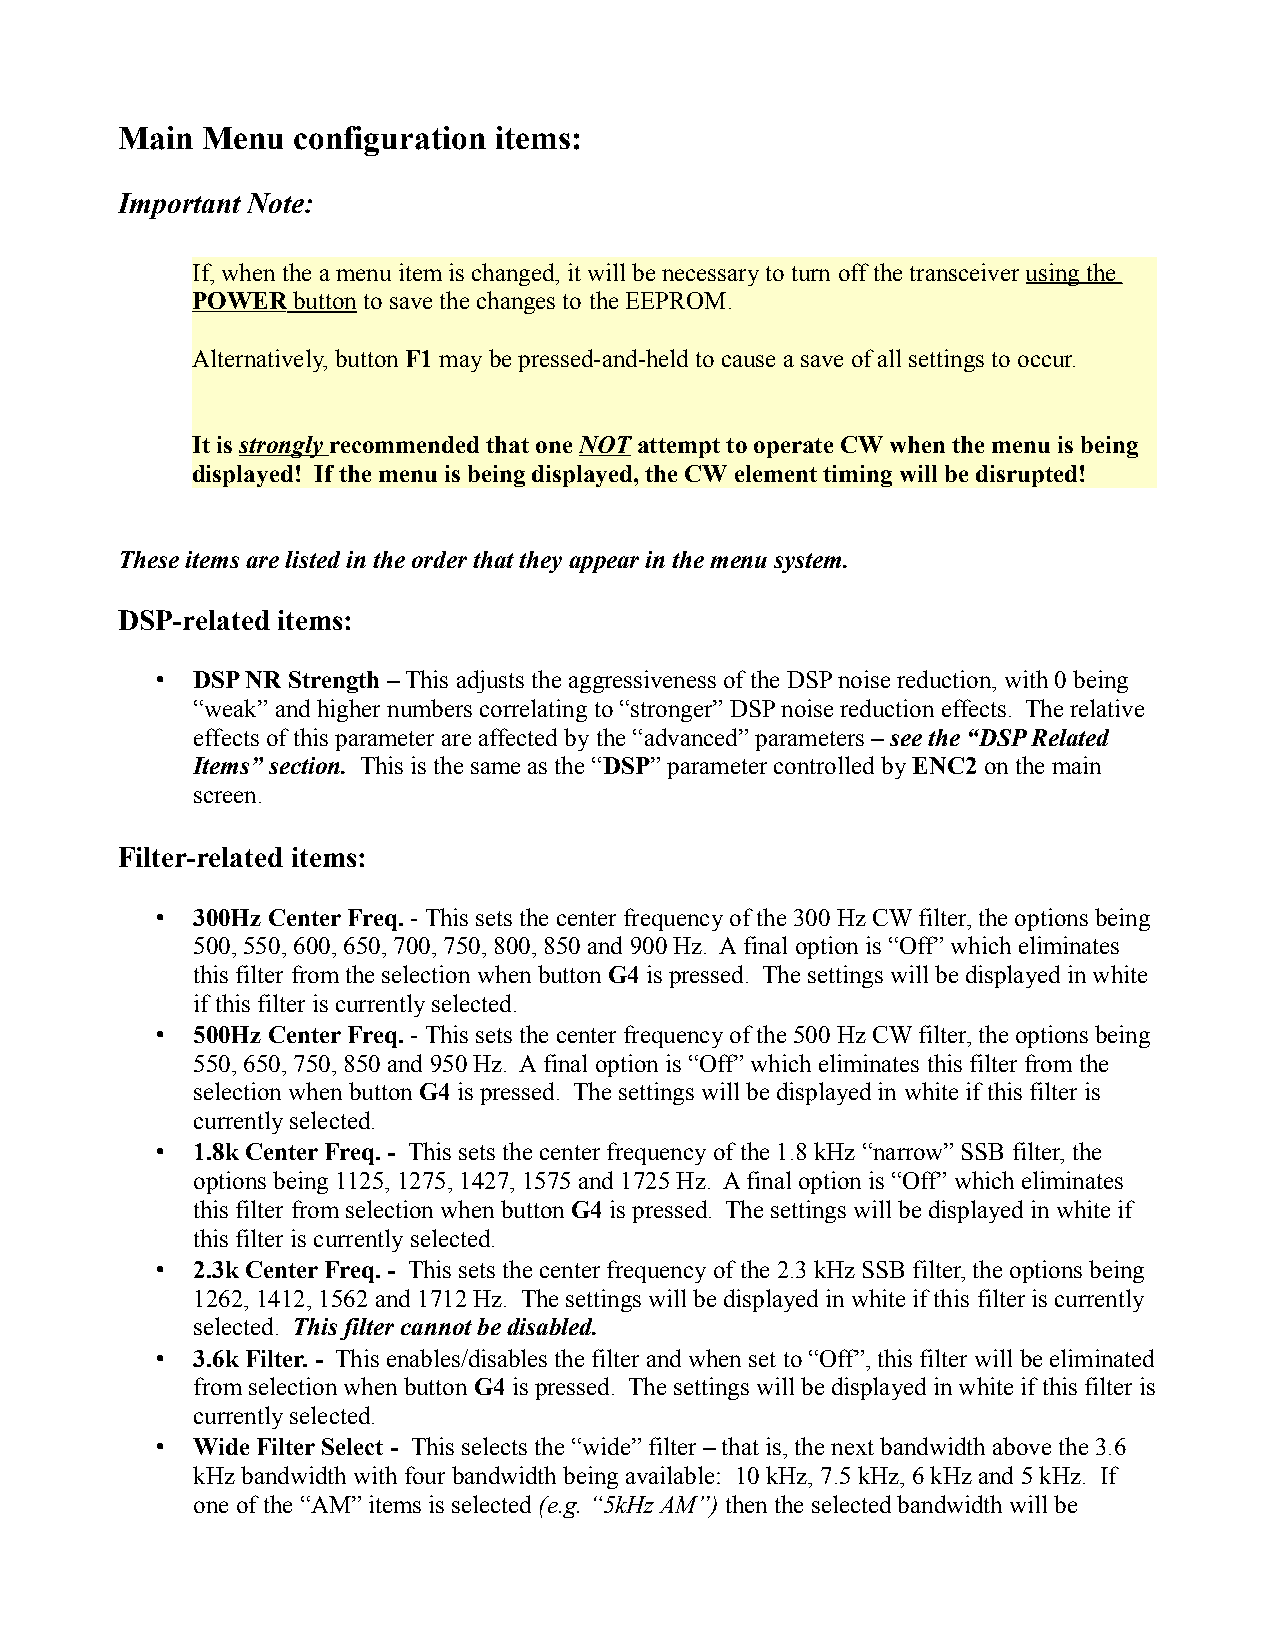
Main Menu  configuration items:
 Important Note:
 If, when the a menu item is changed, it will be necessary to turn off the transceiver using the
 POWER button to save the changes to the EEPROM.
 Alternatively, button F1 may be pressed-and-held to cause a save of all settings to occur.
 It is strongly recommended that one NOT attempt to operate CW when the menu is being
 displayed! If the menu is being displayed, the CW element timing will be disrupted!
 These items are listed in the order that they appear in the menu system.
 DSP-related items:
 •  DSP NR Strength – This adjusts the aggressiveness of the DSP noise reduction, with 0 being
 “weak” and higher numbers correlating to “stronger” DSP noise reduction effects. The relative
 effects of this parameter are affected by the “advanced” parameters – see the “DSP Related
 Items” section. This is the same as the “DSP” parameter controlled by ENC2 on the main
 screen.
 Filter-related items:
 •  300Hz Center Freq. - This sets the center frequency of the 300 Hz CW filter, the options being
 500, 550, 600, 650, 700, 750, 800, 850 and 900 Hz. A final option is “Off” which eliminates
 this filter from the selection when button G4 is pressed. The settings will be displayed in white
 if this filter is currently selected.
 •  500Hz Center Freq. - This sets the center frequency of the 500 Hz CW filter, the options being
 550, 650, 750, 850 and 950 Hz. A final option is “Off” which eliminates this filter from the
 selection when button G4 is pressed. The settings will be displayed in white if this filter is
 currently selected.
 •  1.8k Center Freq. - This sets the center frequency of the 1.8 kHz “narrow” SSB filter, the
 options being 1125, 1275, 1427, 1575 and 1725 Hz. A final option is “Off” which eliminates
 this filter from selection when button G4 is pressed. The settings will be displayed in white if
 this filter is currently selected.
 •  2.3k Center Freq. - This sets the center frequency of the 2.3 kHz SSB filter, the options being
 1262, 1412, 1562 and 1712 Hz. The settings will be displayed in white if this filter is currently
 selected. This filter cannot be disabled.
 •  3.6k Filter. - This enables/disables the filter and when set to “Off”, this filter will be eliminated
 from selection when button G4 is pressed. The settings will be displayed in white if this filter is
 currently selected.
 •  Wide Filter Select - This selects the “wide” filter – that is, the next bandwidth above the 3.6
 kHz bandwidth with four bandwidth being available: 10 kHz, 7.5 kHz, 6 kHz and 5 kHz. If
 one of the “AM” items is selected (e.g. “5kHz AM”) then the selected bandwidth will be